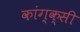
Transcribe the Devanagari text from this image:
कांग्क्सी